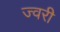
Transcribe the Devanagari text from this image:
ज्वरी